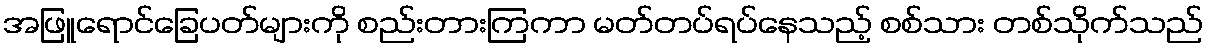
အဖြူရောင်ခြေပတ်များကို စည်းတားကြကာ မတ်တပ်ရပ်နေသည့် စစ်သား တစ်သိုက်သည်